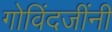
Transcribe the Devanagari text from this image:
गोविंदजींनी